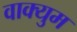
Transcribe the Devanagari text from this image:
वाक्युम